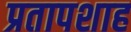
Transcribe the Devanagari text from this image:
प्रतापशाह